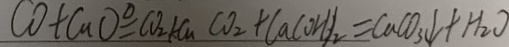
C O + C u O \xlongequal { \Delta } C O _ { 2 } + C u C O _ { 2 } + C a ( O H ) _ { 2 } = C a C O _ { 3 } \downarrow + H _ { 2 } O